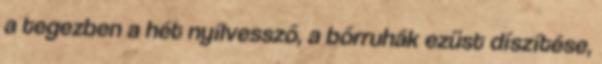
a tegezben a hét nyílvessző, a bőrruhák ezüst díszítése,